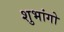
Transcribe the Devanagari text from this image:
शुभांगो